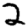
Digit: 2